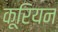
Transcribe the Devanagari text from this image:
कूरियन